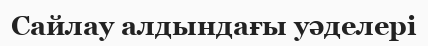
Сайлау алдындағы уәделері